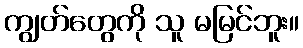
ကျွတ်တွေကို သူ မမြင်ဘူး။